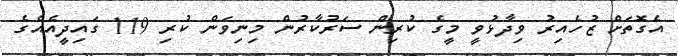
އެގޮތަށް ޒުހެއިރު ވިދާޅުވީ މީގެ ކުރިން ސަރުކާރުން މިނިވަން ކުރި 119 ގައިދީއެއްގެ